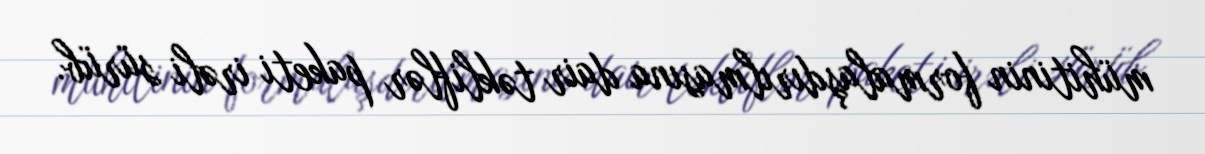
mühitinin formalaşdırılmasına dair təkliflər paketi irəli sürüb.